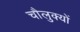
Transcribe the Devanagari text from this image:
चौलुक्यों